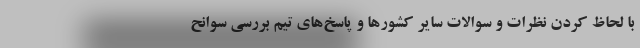
با لحاظ کردن نظرات و سوالات سایر کشورها و پاسخ‌های تیم بررسی سوانح